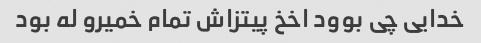
خدایی چی بوود اخخ پیتزاش تمام خمیرو له بود